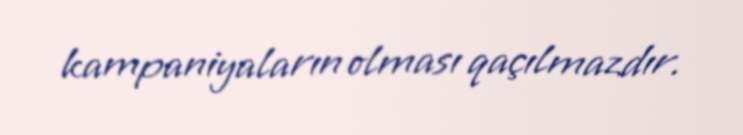
kampaniyaların olması qaçılmazdır.